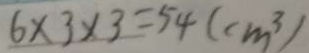
6 \times 3 \times 3 = 5 4 ( c m ^ { 3 } )